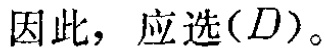
因此，应选\((D)\)。